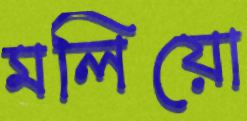
মলিয়ো